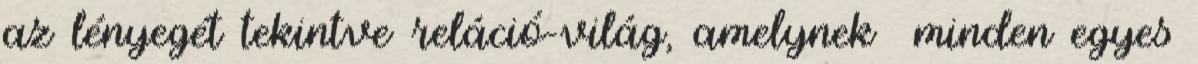
az lényegét tekintve reláció-világ, amelynek minden egyes